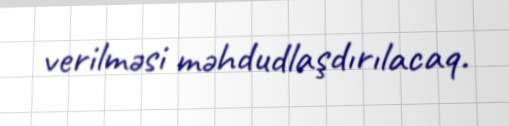
verilməsi məhdudlaşdırılacaq.